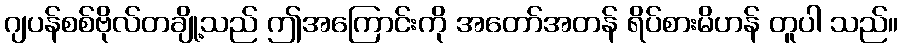
ဂျပန်စစ်ဗိုလ်တချို့သည် ဤအကြောင်းကို အတော်အတန် ရိပ်စားမိဟန် တူပါ သည်။